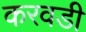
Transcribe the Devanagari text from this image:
करवडी